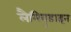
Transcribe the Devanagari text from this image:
लैमिवुडाइन